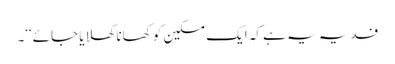
فدیہ یہ ہے کہ ایک مسکین کو کھانا کھلایا جائے‘‘۔